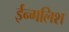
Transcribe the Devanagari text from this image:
ईन्गलिश